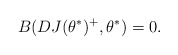
\begin{align*}B(DJ(\theta^{\ast})^+,\theta^{\ast})=0. \end{align*}